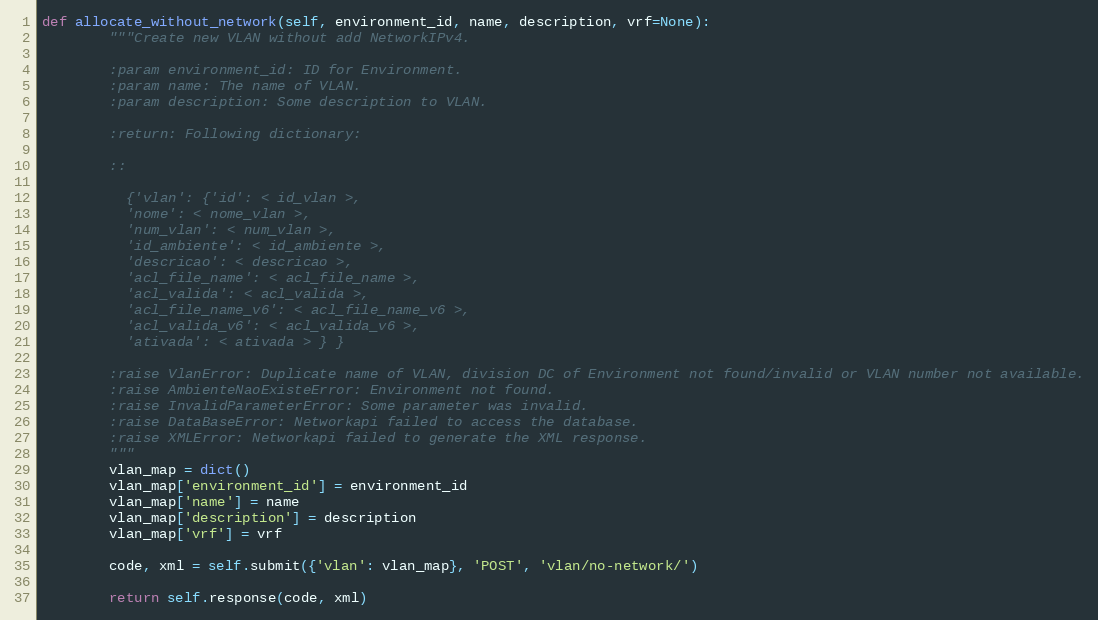
Language: Python
def allocate_without_network(self, environment_id, name, description, vrf=None):
        """Create new VLAN without add NetworkIPv4.

        :param environment_id: ID for Environment.
        :param name: The name of VLAN.
        :param description: Some description to VLAN.

        :return: Following dictionary:

        ::

          {'vlan': {'id': < id_vlan >,
          'nome': < nome_vlan >,
          'num_vlan': < num_vlan >,
          'id_ambiente': < id_ambiente >,
          'descricao': < descricao >,
          'acl_file_name': < acl_file_name >,
          'acl_valida': < acl_valida >,
          'acl_file_name_v6': < acl_file_name_v6 >,
          'acl_valida_v6': < acl_valida_v6 >,
          'ativada': < ativada > } }

        :raise VlanError: Duplicate name of VLAN, division DC of Environment not found/invalid or VLAN number not available.
        :raise AmbienteNaoExisteError: Environment not found.
        :raise InvalidParameterError: Some parameter was invalid.
        :raise DataBaseError: Networkapi failed to access the database.
        :raise XMLError: Networkapi failed to generate the XML response.
        """
        vlan_map = dict()
        vlan_map['environment_id'] = environment_id
        vlan_map['name'] = name
        vlan_map['description'] = description
        vlan_map['vrf'] = vrf

        code, xml = self.submit({'vlan': vlan_map}, 'POST', 'vlan/no-network/')

        return self.response(code, xml)